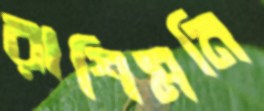
রাশিমনি